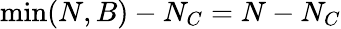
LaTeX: \mathrm{min}(N,B)-N_{C}=N-N_{C}